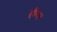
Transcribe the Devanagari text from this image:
हीन।